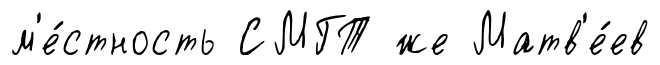
м'е́стность СМГТ же Матв'е́ев